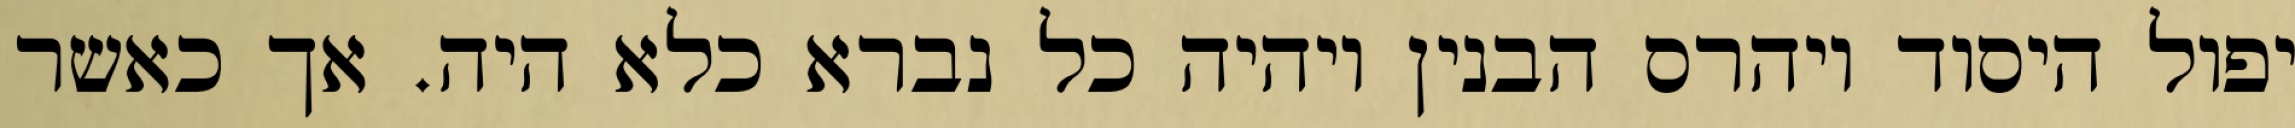
יפול היסוד ויהרס הבנין ויהיה כל נברא כלא היה. אך כאשר